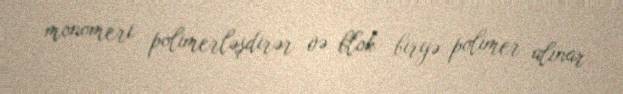
monomeri polimerləşdirər və blok birgə polimer alınar.